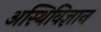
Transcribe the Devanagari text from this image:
अस्थिविज्ञान